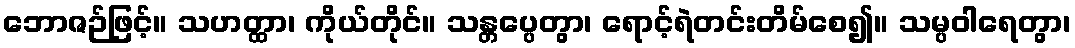
ဘောဇဉ်ဖြင့်။ သဟတ္ထာ၊ ကိုယ်တိုင်။ သန္တပ္ပေတွာ၊ ရောင့်ရဲတင်းတိမ်စေ၍။ သမ္ပဝါရေတွာ၊